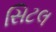
સિટલ